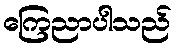
ကြေညာပါသည်